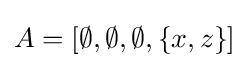
A=[\emptyset ,\emptyset ,\emptyset ,\{x,z\}]